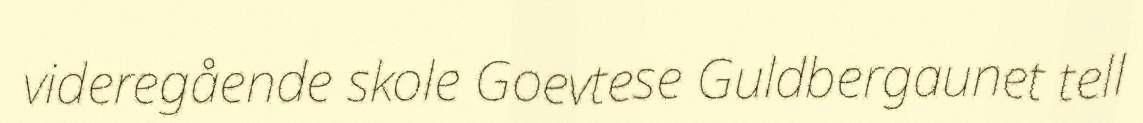
videregående skole Goevtese Guldbergaunet tell